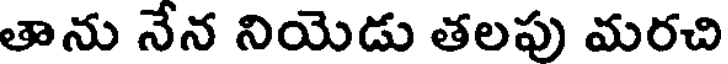
తాను నేన నియెడు తలపు మరచి